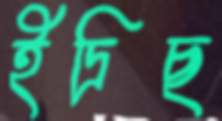
ইদ্রিছ